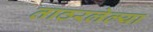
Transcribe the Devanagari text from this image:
ताठरलेल्या